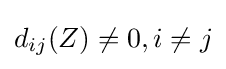
d_{ij}(Z)\neq 0,i\neq j